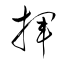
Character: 揮